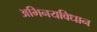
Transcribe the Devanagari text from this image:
अभिनयविधान